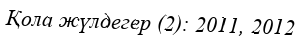
Қола жүлдегер (2): 2011, 2012